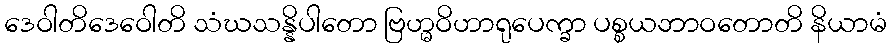
ဒေဝါတိဒေဝေါတိ သံဃသန္နိပါတော ဗြဟ္မဝိဟာရုပေက္ခာ ပစ္စယဘာဝတောတိ နိယာမံ